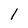
Character: 1